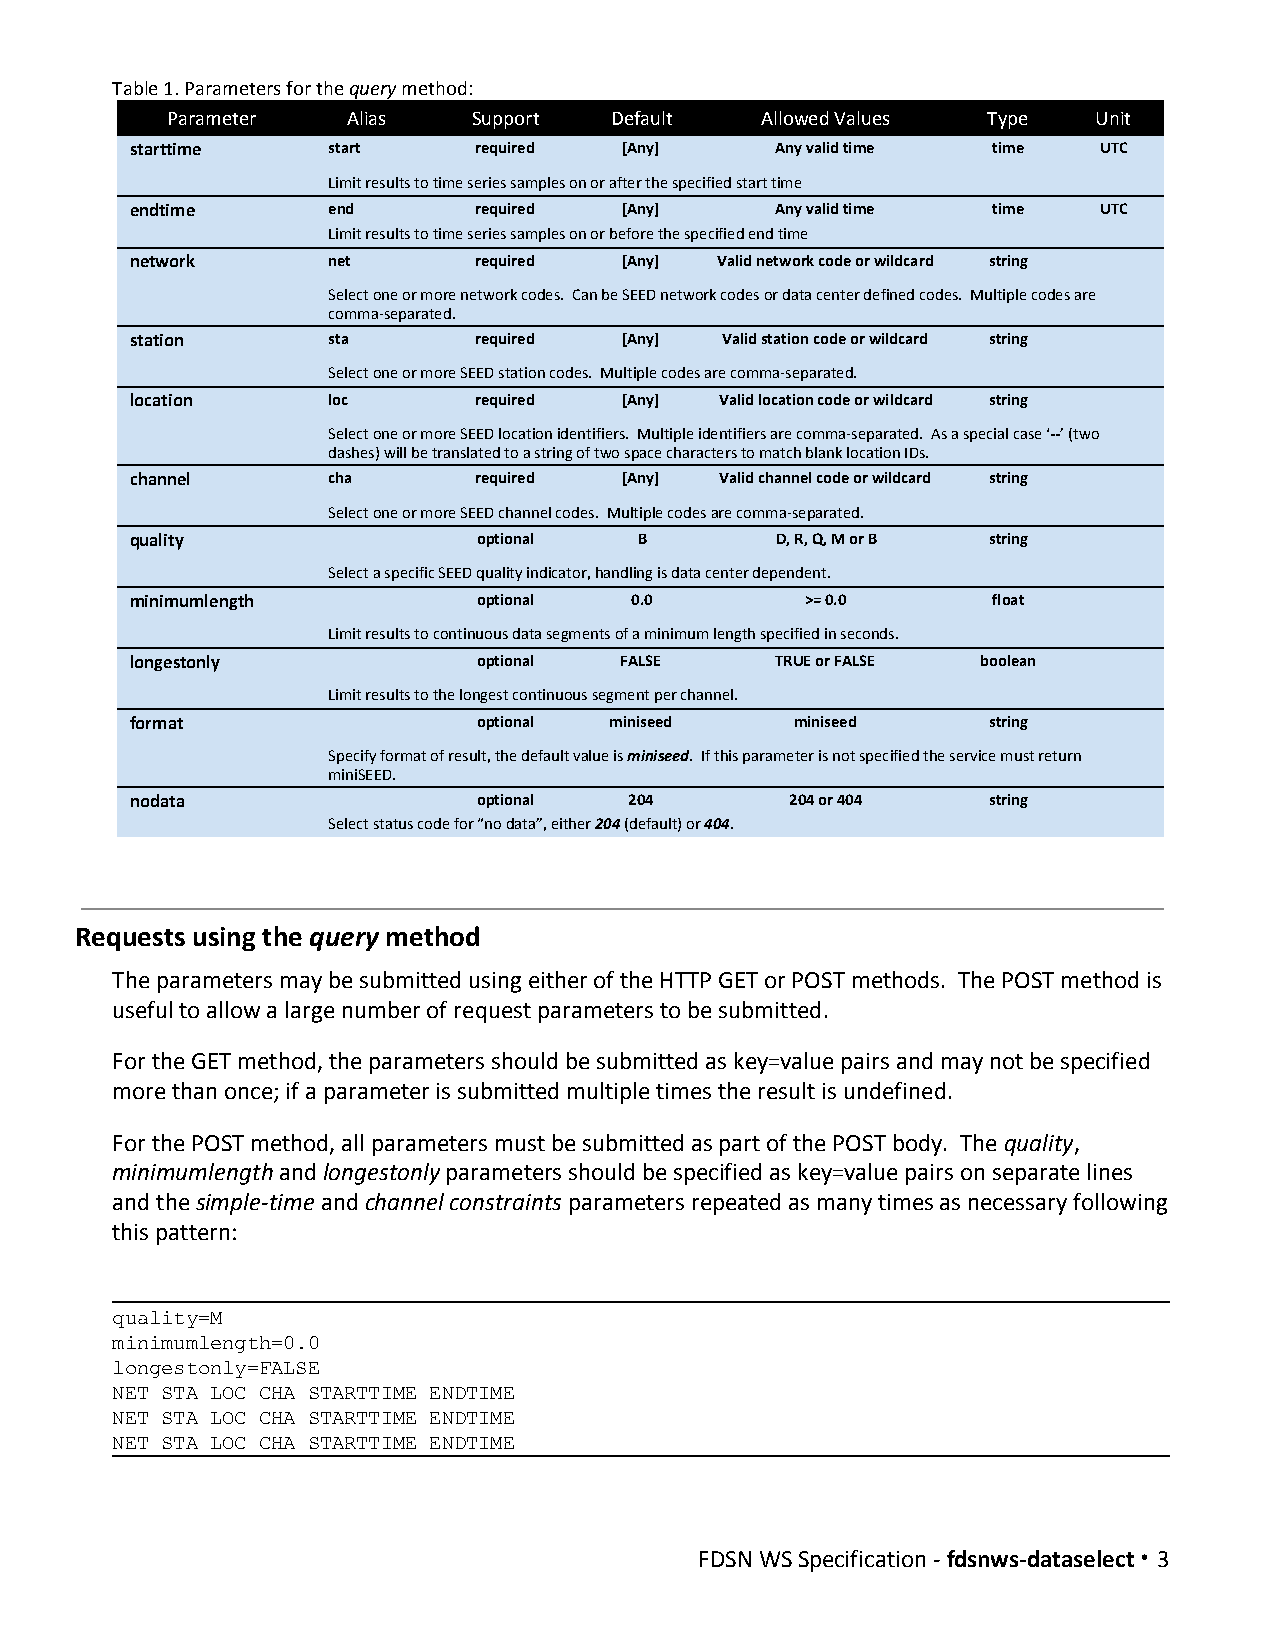
Table 1. Parameters for the query method:
 ​  ​
 Parameter   Alias   Support  Default   Allowed Values Type    Unit
 starttime    start    required  [Any]     Any valid time time   UTC
 Limit results to time series samples on or after the specified start time
 endtime      end      required  [Any]     Any valid time time   UTC
 Limit results to time series samples on or before the specified end time
 network      net      required  [Any] Valid network code or wildcard string
 Select one or more network codes. Can be SEED network codes or data center defined codes. Multiple codes are
 comma-separated.
 station      sta      required  [Any]  Valid station code or wildcard string
 Select one or more SEED station codes. Multiple codes are comma-separated.
 location     loc      required  [Any]  Valid location code or wildcard string
 Select one or more SEED location identifiers. Multiple identifiers are comma-separated. As a special case ‘--’ (two
 ​ ​
 dashes) will be translated to a string of two space characters to match blank location IDs.
 channel      cha      required  [Any]  Valid channel code or wildcard string
 Select one or more SEED channel codes. Multiple codes are comma-separated.
 quality                optional  B        D, R, Q, M or B string
 ​
 Select a specific SEED quality indicator, handling is data center dependent.
 minimumlength          optional  0.0        >= 0.0       float
 Limit results to continuous data segments of a minimum length specified in seconds.
 longestonly            optional FALSE     TRUE or FALSE boolean
 Limit results to the longest continuous segment per channel.
 format                 optional miniseed    miniseed    string
 Specify format of result, the default value is miniseed. If this parameter is not specified the service must return
 ​  ​
 miniSEED.
 nodata                 optional  204       204 or 404   string
 Select status code for “no data”, either 204 (default) or 404.
 ​ ​     ​ ​
 Requests using the query method
 ​    ​
 The parameters may be submitted using either of the HTTP GET or POST methods. The POST method is
 useful to allow a large number of request parameters to be submitted.
 For the GET method, the parameters should be submitted as key=value pairs and may not be specified
 more than once; if a parameter is submitted multiple times the result is undefined.
 For the POST method, all parameters must be submitted as part of the POST body. The quality,
 ​    ​
 minimumlength and longestonly parameters should be specified as key=value pairs on separate lines
 ​  ​       ​
 and the simple-time and channel constraints parameters repeated as many times as necessary following
 ​       ​  ​            ​
 this pattern:
 quality=M
 minimumlength=0.0
 longestonly=FALSE
 NET STA LOC CHA STARTTIME ENDTIME
 NET STA LOC CHA STARTTIME ENDTIME
 NET STA LOC CHA STARTTIME ENDTIME
 FDSN WS Specification - fdsnws-dataselect · 3
 ​           ​​